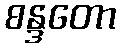
စန္ဒတော